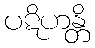
ပဋိဟန္တိ